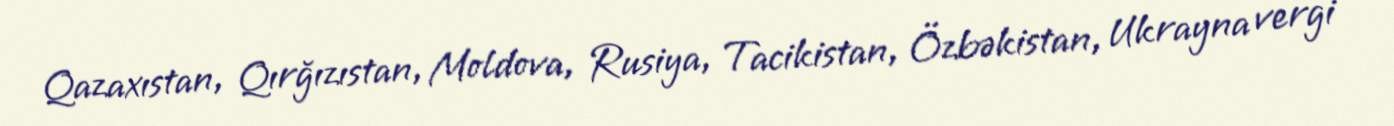
Qazaxıstan, Qırğızıstan, Moldova, Rusiya, Tacikistan, Özbəkistan, Ukrayna vergi